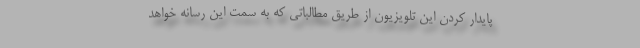
پایدار کردن این تلویزیون از طریق مطالباتی که به سمت این رسانه خواهد